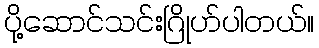
ပို့ဆောင်သင်းဂြိုဟ်ပါတယ်။